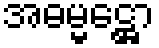
အဓမ္မဋ္ဌော